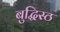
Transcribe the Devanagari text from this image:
बुद्धिस्ठ